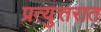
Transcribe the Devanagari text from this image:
प्रत्युत्तरात